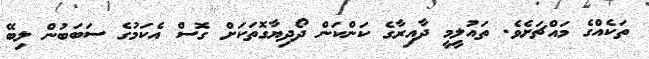
ތަކެއްގެ މައްޗަށެވެ. ތައުލީމީ ދާއިރާގެ ކަންކަން ދޯދިޔާގޮތަކަށް ގޮސް އެކަމުގެ ސަބަބުން ލިބޭ